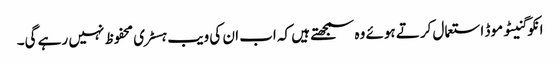
انکوگنیٹو موڈ استعمال کرتے ہوئے وہ سمجھتے ہیں کہ اب ان کی ویب ہسٹری محفوظ نہیں رہے گی۔